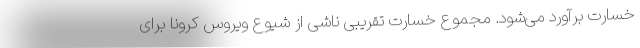
خسارت برآورد می‌شود. مجموع خسارت تقریبی ناشی از شیوع ویروس کرونا برای